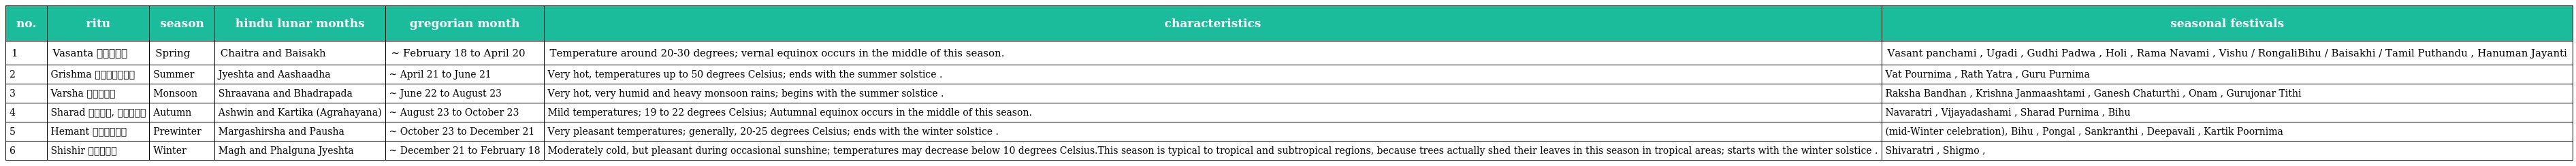
| no. | ritu | season | hindu lunar months | gregorian month | characteristics | seasonal festivals |
 | --- | --- | --- | --- | --- | --- | --- |
 | 1 | Vasanta वसन्त | Spring | Chaitra and Baisakh | ~ February 18 to April 20 | Temperature around 20-30 degrees; vernal equinox occurs in the middle of this season. | Vasant panchami , Ugadi , Gudhi Padwa , Holi , Rama Navami , Vishu / RongaliBihu / Baisakhi / Tamil Puthandu , Hanuman Jayanti |
 | 2 | Grishma ग्रीष्म | Summer | Jyeshta and Aashaadha | ~ April 21 to June 21 | Very hot, temperatures up to 50 degrees Celsius; ends with the summer solstice . | Vat Pournima , Rath Yatra , Guru Purnima |
 | 3 | Varsha वर्षा | Monsoon | Shraavana and Bhadrapada | ~ June 22 to August 23 | Very hot, very humid and heavy monsoon rains; begins with the summer solstice . | Raksha Bandhan , Krishna Janmaashtami , Ganesh Chaturthi , Onam , Gurujonar Tithi |
 | 4 | Sharad शरद्, पतझड़ | Autumn | Ashwin and Kartika (Agrahayana) | ~ August 23 to October 23 | Mild temperatures; 19 to 22 degrees Celsius; Autumnal equinox occurs in the middle of this season. | Navaratri , Vijayadashami , Sharad Purnima , Bihu |
 | 5 | Hemant हेमन्त | Prewinter | Margashirsha and Pausha | ~ October 23 to December 21 | Very pleasant temperatures; generally, 20-25 degrees Celsius; ends with the winter solstice . | (mid-Winter celebration), Bihu , Pongal , Sankranthi , Deepavali , Kartik Poornima |
 | 6 | Shishir शिशिर | Winter | Magh and Phalguna Jyeshta | ~ December 21 to February 18 | Moderately cold, but pleasant during occasional sunshine; temperatures may decrease below 10 degrees Celsius.This season is typical to tropical and subtropical regions, because trees actually shed their leaves in this season in tropical areas; starts with the winter solstice . | Shivaratri , Shigmo , |